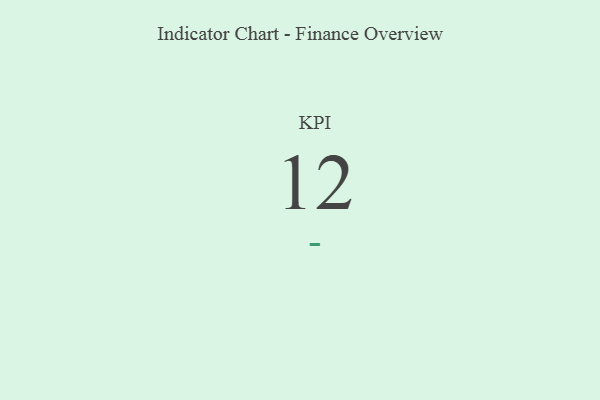
{"axis": {"x": "KPI", "y": "Value"}, "legend": [""], "data": [{"x": "KPI", "y": 12, "type": ""}]}